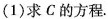
(1)求 C 的方程.